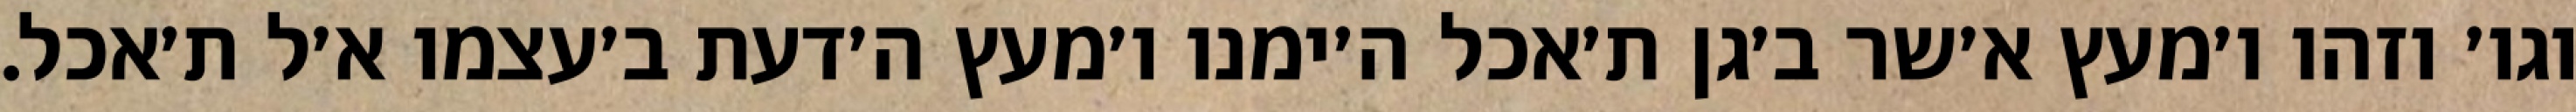
וגו׳ וזהו ו׳מעץ א׳שר ב׳גן ת׳אכל ה׳ימנו ו׳מעץ ה׳דעת ב׳עצמו א׳ל ת׳אכל.